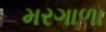
મરગાળા